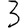
Digit: 3